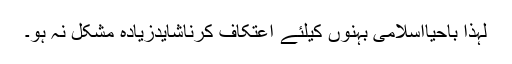
لہٰذا باحیااسلامی بہنوں کیلئے اعتِکاف کرناشایدزیادہ مشکل نہ ہو۔